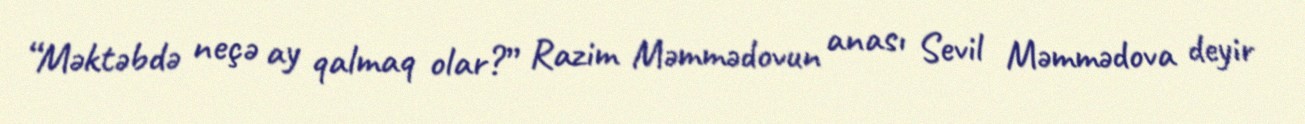
“Məktəbdə neçə ay qalmaq olar?” Razim Məmmədovun anası Sevil Məmmədova deyir